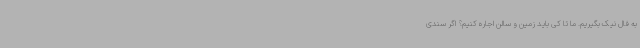
به فال نیک بگیریم. ما تا کی باید زمین و سالن اجاره کنیم؟ اگر سندی